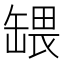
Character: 𬙒